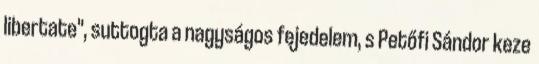
libertate", suttogta a nagyságos fejedelem, s Petőfi Sándor keze